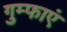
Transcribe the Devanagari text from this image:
गुम्फाएं